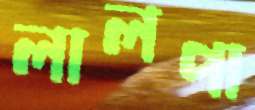
লালপা